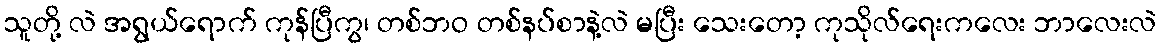
သူတို့ လဲ အရွယ်ရောက် ကုန်ပြီကွ၊ တစ်ဘဝ တစ်နပ်စာနဲ့လဲ မပြီး သေးတော့ ကုသိုလ်ရေးကလေး ဘာလေးလဲ